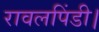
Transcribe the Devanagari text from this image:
रावलपिंडी।